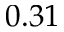
0 . 3 1